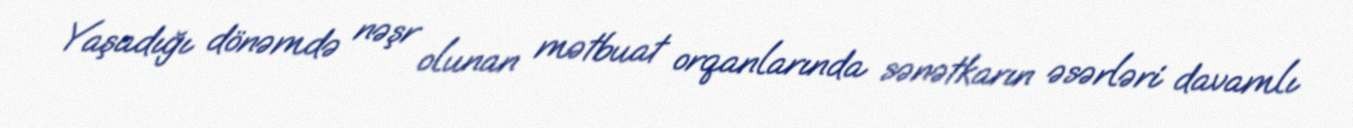
Yaşadığı dönəmdə nəşr olunan mətbuat orqanlarında sənətkarın əsərləri davamlı